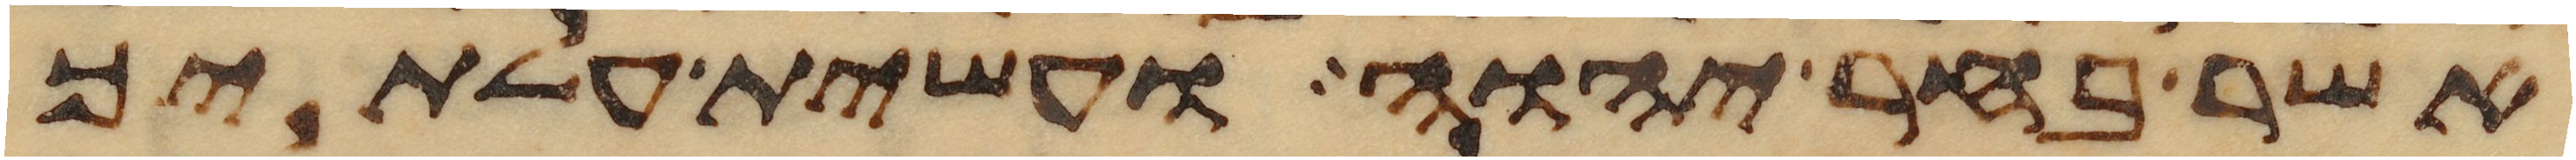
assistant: אשר בחר יהוה ועשית עלתיך